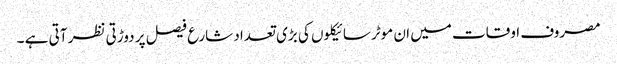
مصروف اوقات میں ان موٹرسائیکلوں کی بڑی تعداد شارع فیصل پر دوڑتی نظر آتی ہے ۔